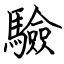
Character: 驗